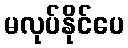
မလုပ်နိုင်ပေ